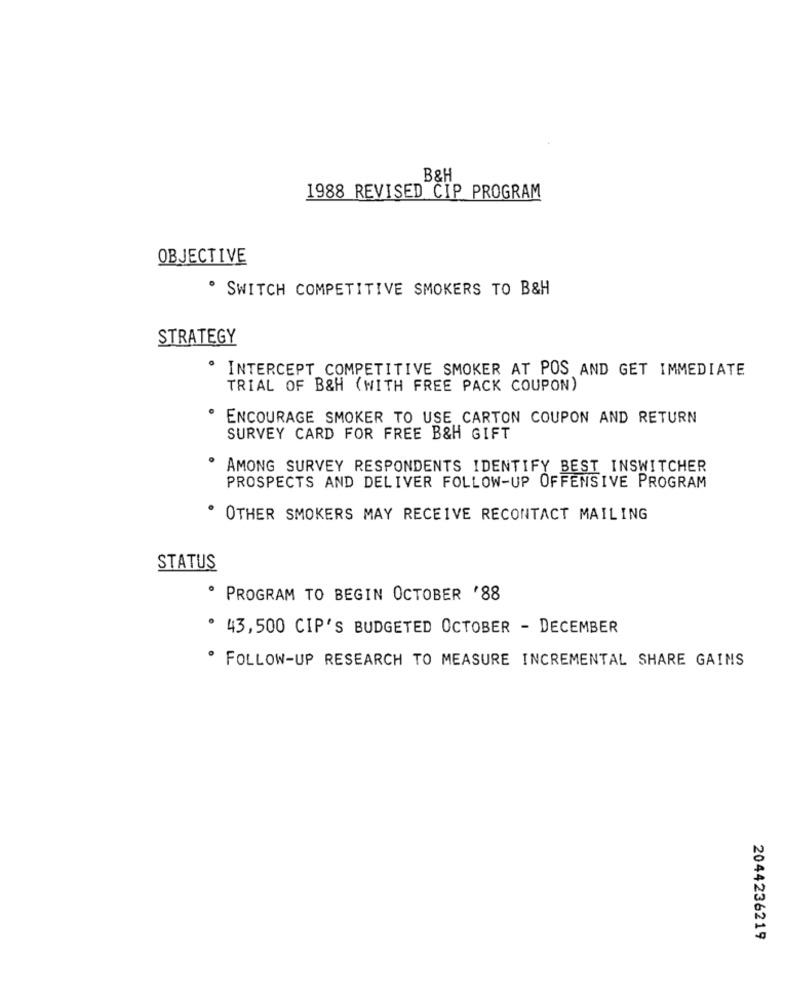
B&H
1988 REVISED CIP PROGRAM
OBJECTIVE
· SWITCH COMPETITIVE SMOKERS TO B&H
STRATEGY
INTERCEPT COMPETITIVE SMOKER AT POS AND GET IMMEDIATE
TRIAL OF B&H (WITH FREE PACK COUPON)
· ENCOURAGE SMOKER TO USE CARTON COUPON AND RETURN
SURVEY CARD FOR FREE B&H GIFT
. AMONG SURVEY RESPONDENTS IDENTIFY BEST INSWITCHER
PROSPECTS AND DELIVER FOLLOW-UP OFFENSIVE PROGRAM
· OTHER SMOKERS MAY RECEIVE RECONTACT MAILING
STATUS
· PROGRAM TO BEGIN OCTOBER '88
· 43,500 CIP'S BUDGETED OCTOBER - DECEMBER
. FOLLOW-UP RESEARCH TO MEASURE INCREMENTAL SHARE GAINS
2044236219